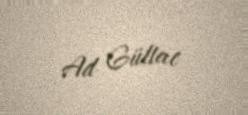
Ad Gültac